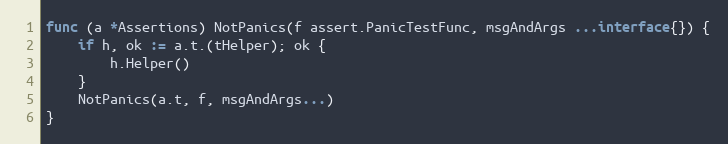
Language: Go
func (a *Assertions) NotPanics(f assert.PanicTestFunc, msgAndArgs ...interface{}) {
	if h, ok := a.t.(tHelper); ok {
		h.Helper()
	}
	NotPanics(a.t, f, msgAndArgs...)
}